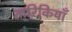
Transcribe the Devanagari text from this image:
तारिकियाँ